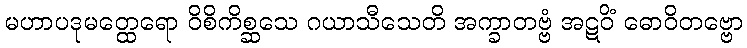
မဟာပဒုမတ္ထေရော ဝိစိကိစ္ဆသေ ဂယာသီသေတိ အက္ခာတဗ္ဗံ အဋဝိံ ဓောဝိတဗ္ဗော